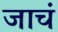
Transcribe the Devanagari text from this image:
जाचं